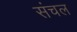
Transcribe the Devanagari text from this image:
संचल